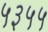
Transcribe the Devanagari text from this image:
५३५५